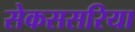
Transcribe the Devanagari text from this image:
सेकससरिया